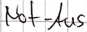
Text: Not-Aus